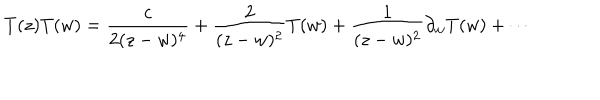
T ( z ) T ( w ) = \frac { c } { 2 ( z - w ) ^ { 4 } } + \frac { 2 } { ( z - w ) ^ { 2 } } T ( w ) + \frac { 1 } { ( z - w ) ^ { 2 } } \partial _ { w } T ( w ) + \cdots